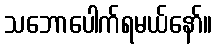
သဘောပေါက်ရမယ်နော်။